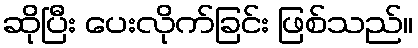
ဆိုပြီး ပေးလိုက်ခြင်း ဖြစ်သည်။